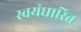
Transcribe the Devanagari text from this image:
स्वयंधारित